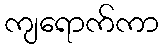
ကျရောက်ကာ